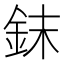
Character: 𰼤